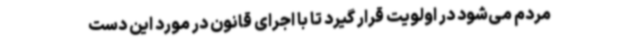
مردم می‌شود در اولویت قرار گیرد تا با اجرای قانون در مورد این دست